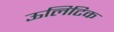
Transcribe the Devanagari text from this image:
ऊलिटिक